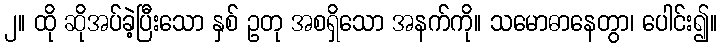
၂။ ထို ဆိုအပ်ခဲ့ပြီးသော နှစ် ဥတု အစရှိသော အနက်ကို။ သမောဓာနေတွာ၊ ပေါင်း၍။